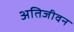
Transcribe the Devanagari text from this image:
अतिजीवन